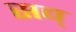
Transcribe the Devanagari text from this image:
सब्